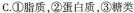
C.①脂质，②蛋白质，③糖类